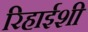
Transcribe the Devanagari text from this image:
रिहाईशी